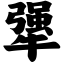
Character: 犟